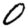
Digit: 0